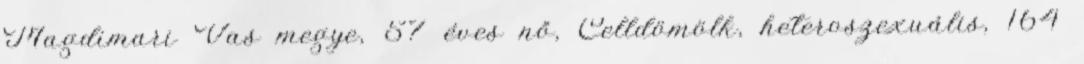
Magdimari Vas megye, 57 éves nő, Celldömölk, heteroszexuális, 164